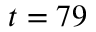
t = 7 9